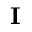
\mathbf { I }